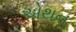
એથન